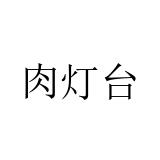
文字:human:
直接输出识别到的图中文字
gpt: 肉灯台